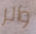
والر